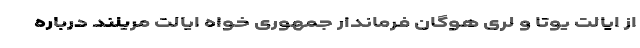
از ایالت یوتا و لری هوگان فرماندار جمهوری خواه ایالت مریلند درباره